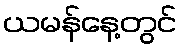
ယမန်နေ့တွင်